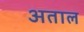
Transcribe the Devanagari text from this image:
अताल